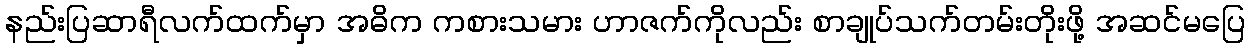
နည်းပြဆာရီလက်ထက်မှာ အဓိက ကစားသမား ဟာဇက်ကိုလည်း စာချုပ်သက်တမ်းတိုးဖို့ အဆင်မပြေ